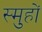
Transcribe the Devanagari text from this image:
स्मुहों